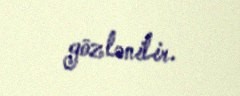
gözlənilir.